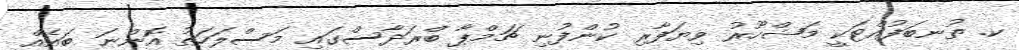
ކ. ތުނބަފުއްޓަކީ މަޝްހޫރު ވިޔަފާރި ކުންފުނި ޗަމްޕާ ބްރަދާސްގައި މަސްލަހަތު އޮންނަ ބައެއް